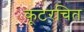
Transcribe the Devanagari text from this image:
कूटरचित